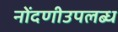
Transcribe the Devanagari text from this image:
नोंदणीउपलब्ध